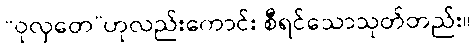
“ဝုလှတေ”ဟုလည်းကောင်း စီရင်သောသုတ်တည်း။